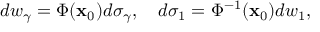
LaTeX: d w _ { \gamma } = \Phi ( { \bf x } _ { 0 } ) d \sigma _ { \gamma } , \quad d \sigma _ { 1 } = \Phi ^ { - 1 } ( { \bf x } _ { 0 } ) d w _ { 1 } ,